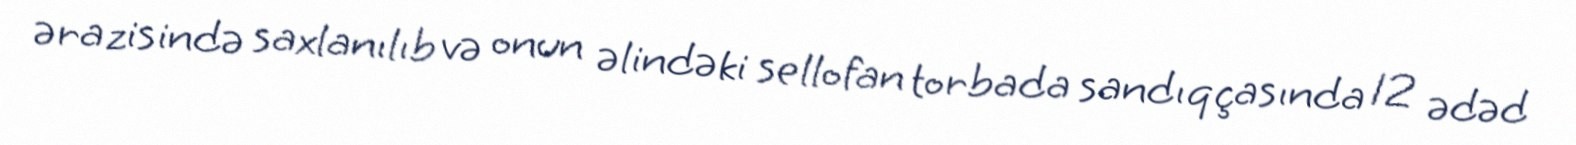
ərazisində saxlanılıb və onun əlindəki sellofan torbada sandıqçasında 12 ədəd